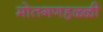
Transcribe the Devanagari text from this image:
मोतगणहळ्ळी